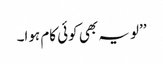
’’لو یہ بھی کوئی کام ہوا۔